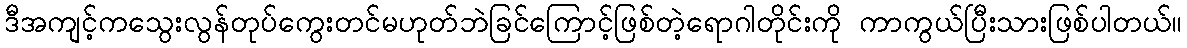
ဒီအကျင့်ကသွေးလွန်တုပ်ကွေးတင်မဟုတ်ဘဲခြင်ကြောင့်ဖြစ်တဲ့ရောဂါတိုင်းကို ကာကွယ်ပြီးသားဖြစ်ပါတယ်။